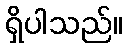
ရှိပါသည်။